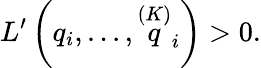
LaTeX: L^{\prime}\left(q_{i},...,\stackrel{\left(K\right)}{q}_{i}\right)>0.